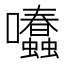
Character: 𡆂